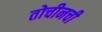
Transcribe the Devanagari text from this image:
तोचीनची